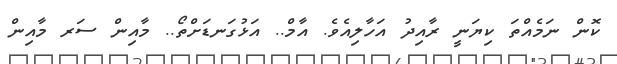
ކޮން ނަމެއްތަ ކިޔަނީ ރާއިދު އަހާލިއެވެ. އާމް.. އަޅުގަނޑަށްތޯ.. މާއިން ސަރ މާއިން